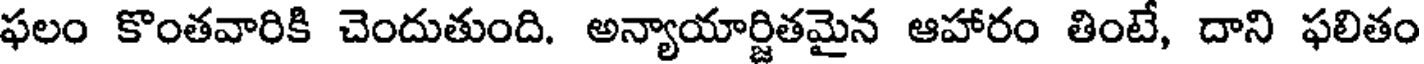
ఫలం కొంతవారికి చెందుతుంది. అన్యాయార్జితమైన ఆహారం తింటే, దాని ఫలితం